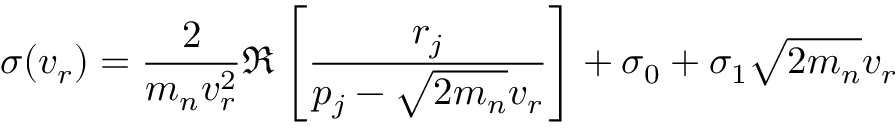
\sigma ( v _ { r } ) = \frac { 2 } { m _ { n } v _ { r } ^ { 2 } } \Re \left[ \frac { r _ { j } } { p _ { j } - \sqrt { 2 m _ { n } } v _ { r } } \right] + \sigma _ { 0 } + \sigma _ { 1 } \sqrt { 2 m _ { n } } v _ { r }